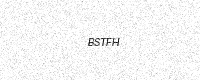
Text: BSTFH